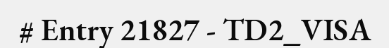
# Entry 21827 - TD2_VISA